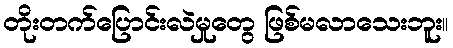
တိုးတက်ပြောင်းလဲမှုတွေ ဖြစ်မလာသေးဘူး။